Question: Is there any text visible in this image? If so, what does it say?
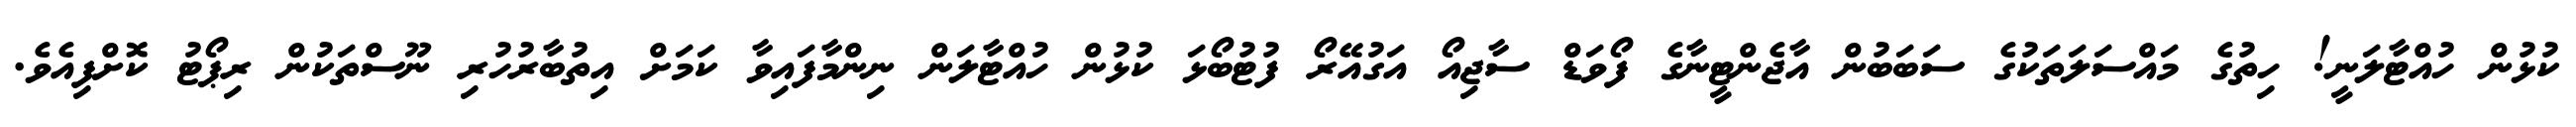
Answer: ކުޅުން ހުއްޓާލަނީ! ހިތުގެ މައްސަލަތަކުގެ ސަބަބުން އާޖެންޓީނާގެ ފޯވަޑް ސާޖިއޯ އަގުއޭރޯ ފުޓުބޯޅަ ކުޅުން ހުއްޓާލަން ނިންމާފައިވާ ކަމަށް އިތުބާރުހުރި ނޫސްތަކުން ރިޕޯޓު ކޮށްފިއެވެ.